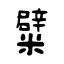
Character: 糪